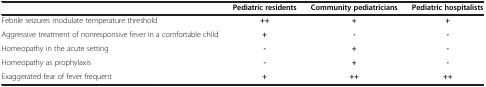
<table><thead><tr><td><b> </b></td><td><b>Pediatric residents</b></td><td><b>Community pediatricians</b></td><td><b>Pediatric hospitalists</b></td></tr></thead><tbody><tr><td>Febrile seizures modulate temperature threshold</td><td><b>++</b></td><td><b>+</b></td><td><b>+</b></td></tr><tr><td>Aggressive treatment of nonresponsive fever in a comfortable child</td><td><b>+</b></td><td><b>-</b></td><td><b>-</b></td></tr><tr><td>Homeopathy in the acute setting</td><td><b>-</b></td><td><b>+</b></td><td><b>-</b></td></tr><tr><td>Homeopathy as prophylaxis</td><td><b>-</b></td><td><b>+</b></td><td><b>-</b></td></tr><tr><td>Exaggerated fear of fever frequent</td><td><b>+</b></td><td><b>++</b></td><td><b>++</b></td></tr></tbody></table>